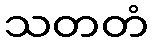
သတတံ